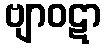
ဗျာဝဋာ